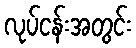
လုပ်ငန်းအတွင်း